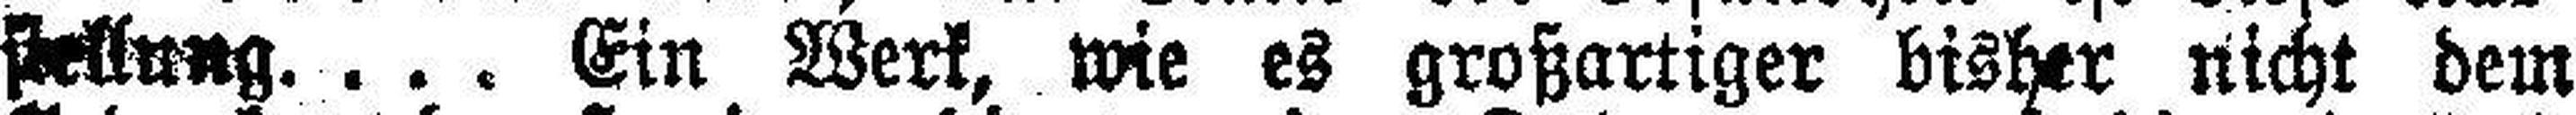
stellung. . . . Ein Werk, wie es großartiger bisher nicht dem